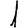
Digit: 1